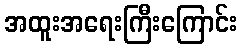
အထူးအရေးကြီးကြောင်း